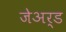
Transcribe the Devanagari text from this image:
जेअर्ड